Indian journal of veterinary science and animal husbandry - Volume 2,
Year: 1932
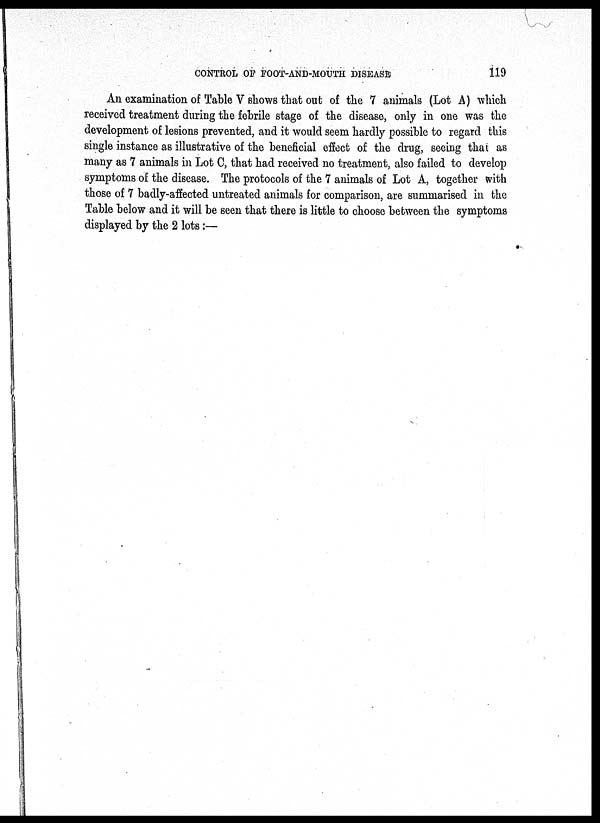
CONTROL OF FOOT-AND-MOUTH DISEASE
119
An examination of Table V shows that out of the 7 animals (Lot A) which
received treatment during the febrile stage of the disease, only in one was the
development of lesions prevented, and it would seem hardly possible to regard this
single instance as illustrative of the beneficial effect of the drug, seeing that as
many as 7 animals in Lot C, that had received no treatment, also failed to develop
symptoms of the disease. The protocols of the 7 animals of Lot A, together with
those of 7 badly-affected untreated animals for comparison, are summarised in the
Table below and it will be seen that there is little to choose between the symptoms
displayed by the 2 lots :—